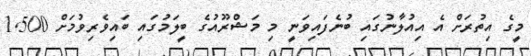
މީގެ އިތުރަށް އެ އިއުލާނުގައި ބުނެފައިވަނީ މި މަޝްރޫއުގެ ބީލަމުގައި ބައިވެރިވުމަށް 1